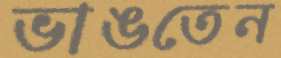
ভাঙতেন